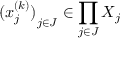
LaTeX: { ( x _ { j } ^ { ( k ) } ) } _ { j \in J } \in \prod _ { j \in J } X _ { j }